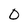
Character: 0